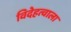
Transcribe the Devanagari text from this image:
विदेहत्वाला